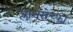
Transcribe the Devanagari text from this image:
प्लानेरोच्का